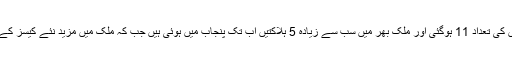
خیال رہے کہ پاکستان میں کورونا وائرس سے ہلاکتوں کی تعداد 11 ہوگئی اور ملک بھر میں سب سے زیادہ 5 ہلاکتیں اب تک پنجاب میں ہوئی ہیں جب کہ ملک میں مزید نئے کیسز کے بعد مصدقہ کیسز کی تعداد 1408 تک جا پہنچی ہے۔